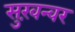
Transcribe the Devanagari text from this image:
सुख़न्वर